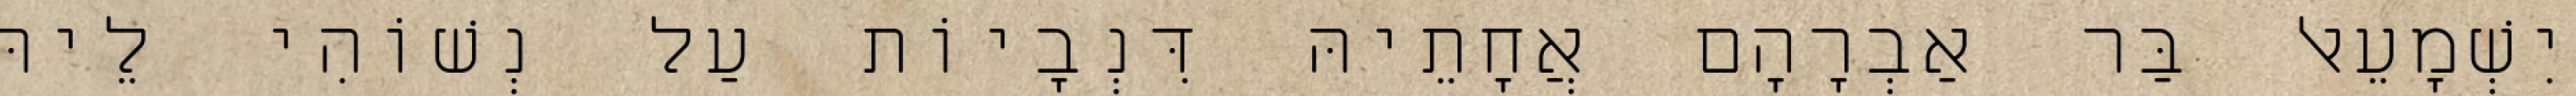
יִשְׁמָעֵאל בַּר אַבְרָהָם אֲחָתֵיהּ דִּנְבָיוֹת עַל נְשׁוֹהִי לֵיהּ